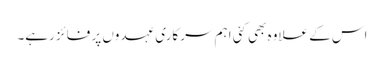
اس کے علاوہ بھی کئی اہم سرکاری عہدوں پر فائز رہے۔